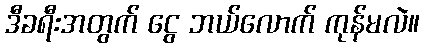
ဒီခရီးအတွက် ငွေ ဘယ်လောက် ကုန်မလဲ။